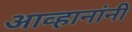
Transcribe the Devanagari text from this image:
आव्हानांनी